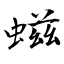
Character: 螆